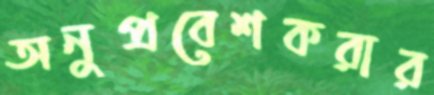
অনুপ্রবেশকরার